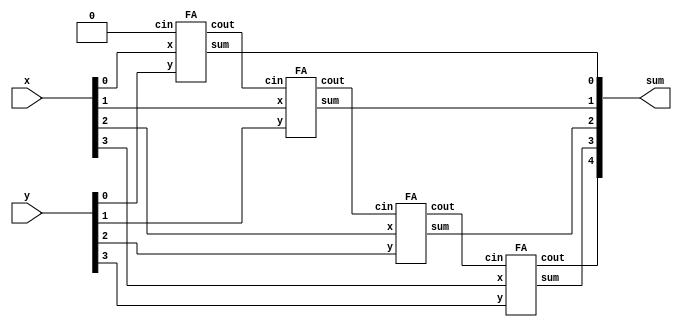
module top_module (
    input [3:0] x,
    input [3:0] y, 
    output [4:0] sum);

    wire[2:0] carry;
    
    FA stage0 ( .x(x[0]), .y(y[0]), .cin(1'b0), .sum(sum[0]), .cout(carry[0]) );
    FA stage1 ( .x(x[1]), .y(y[1]), .cin(carry[0]), .sum(sum[1]), .cout(carry[1]) );
    FA stage2 ( .x(x[2]), .y(y[2]), .cin(carry[1]), .sum(sum[2]), .cout(carry[2]) );
    FA stage3 ( .x(x[3]), .y(y[3]), .cin(carry[2]), .sum(sum[3]), .cout(sum[4]) );
    
    
endmodule

module FA ( input x, input y, input cin, output sum, output cout );
    assign sum = x ^ y ^ cin;
    assign cout = (( x & y ) | ( x & cin ) | ( y & cin ));
endmodule